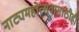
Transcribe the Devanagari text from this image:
नाट्यमहोत्सवासाठीही